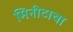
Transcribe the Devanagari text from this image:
मिनीटाचा